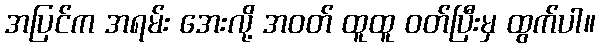
အပြင်က အရမ်း အေးလို့ အဝတ် ထူထူ ဝတ်ပြီးမှ ထွက်ပါ။